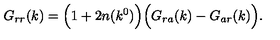
G _ { r r } ( k ) = \Bigl ( 1 + 2 n ( k ^ { 0 } ) \Bigr ) \Bigl ( G _ { r a } ( k ) - G _ { a r } ( k ) \Bigr ) .